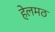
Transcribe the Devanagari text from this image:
हेलमठ